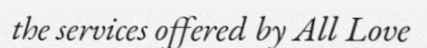
the services offered by All Love